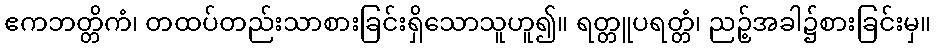
ဧကဘတ္တိကံ၊ တထပ်တည်းသာစားခြင်းရှိသောသူဟူ၍။ ရတ္တူပရတ္တံ၊ ညဉ့်အခါ၌စားခြင်းမှ။